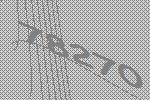
78270